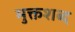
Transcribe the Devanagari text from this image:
मुक्तशब्द